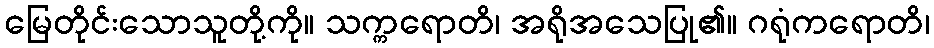
မြေတိုင်းသောသူတို့ကို။ သက္ကရောတိ၊ အရိုအသေပြု၏။ ဂရုံကရောတိ၊